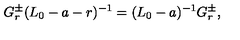
G _ { r } ^ { \pm } ( L _ { 0 } - a - r ) ^ { - 1 } = ( L _ { 0 } - a ) ^ { - 1 } G _ { r } ^ { \pm } ,